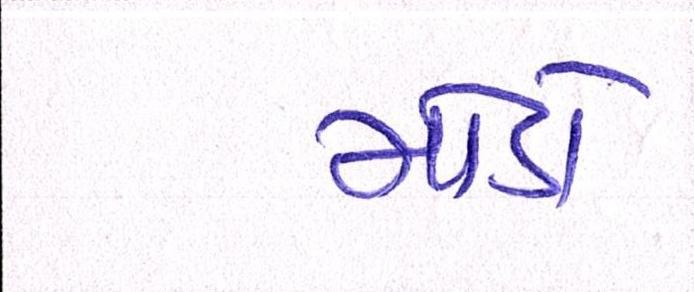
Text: મોડો